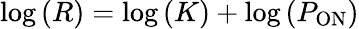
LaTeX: \log{(R)}=\log{(K)}+\log{(P_{\mathrm{ON}})}